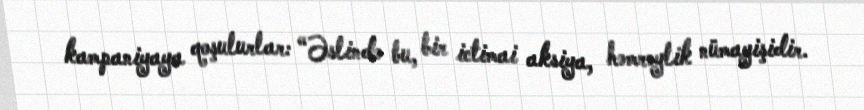
kampaniyaya qoşulurlar: “Əslində bu, bir ictimai aksiya, həmrəylik nümayişidir.